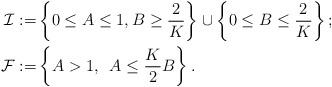
LaTeX: \begin{align*}\mathcal{I}:=& \left\{0 \leq A\leq 1, B\geq \frac{2}{K}\right\} \cup \left\{0\leq B\leq \frac{2}{K}\right\};\\\mathcal{F}:=&\left\{A>1,\,\,\,A\leq \frac{K}{2}B\right\}.\end{align*}